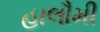
હાલૌમી